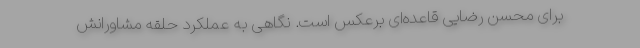
برای محسن رضایی قاعده‌ای برعکس است. نگاهی به عملکرد حلقه مشاورانش